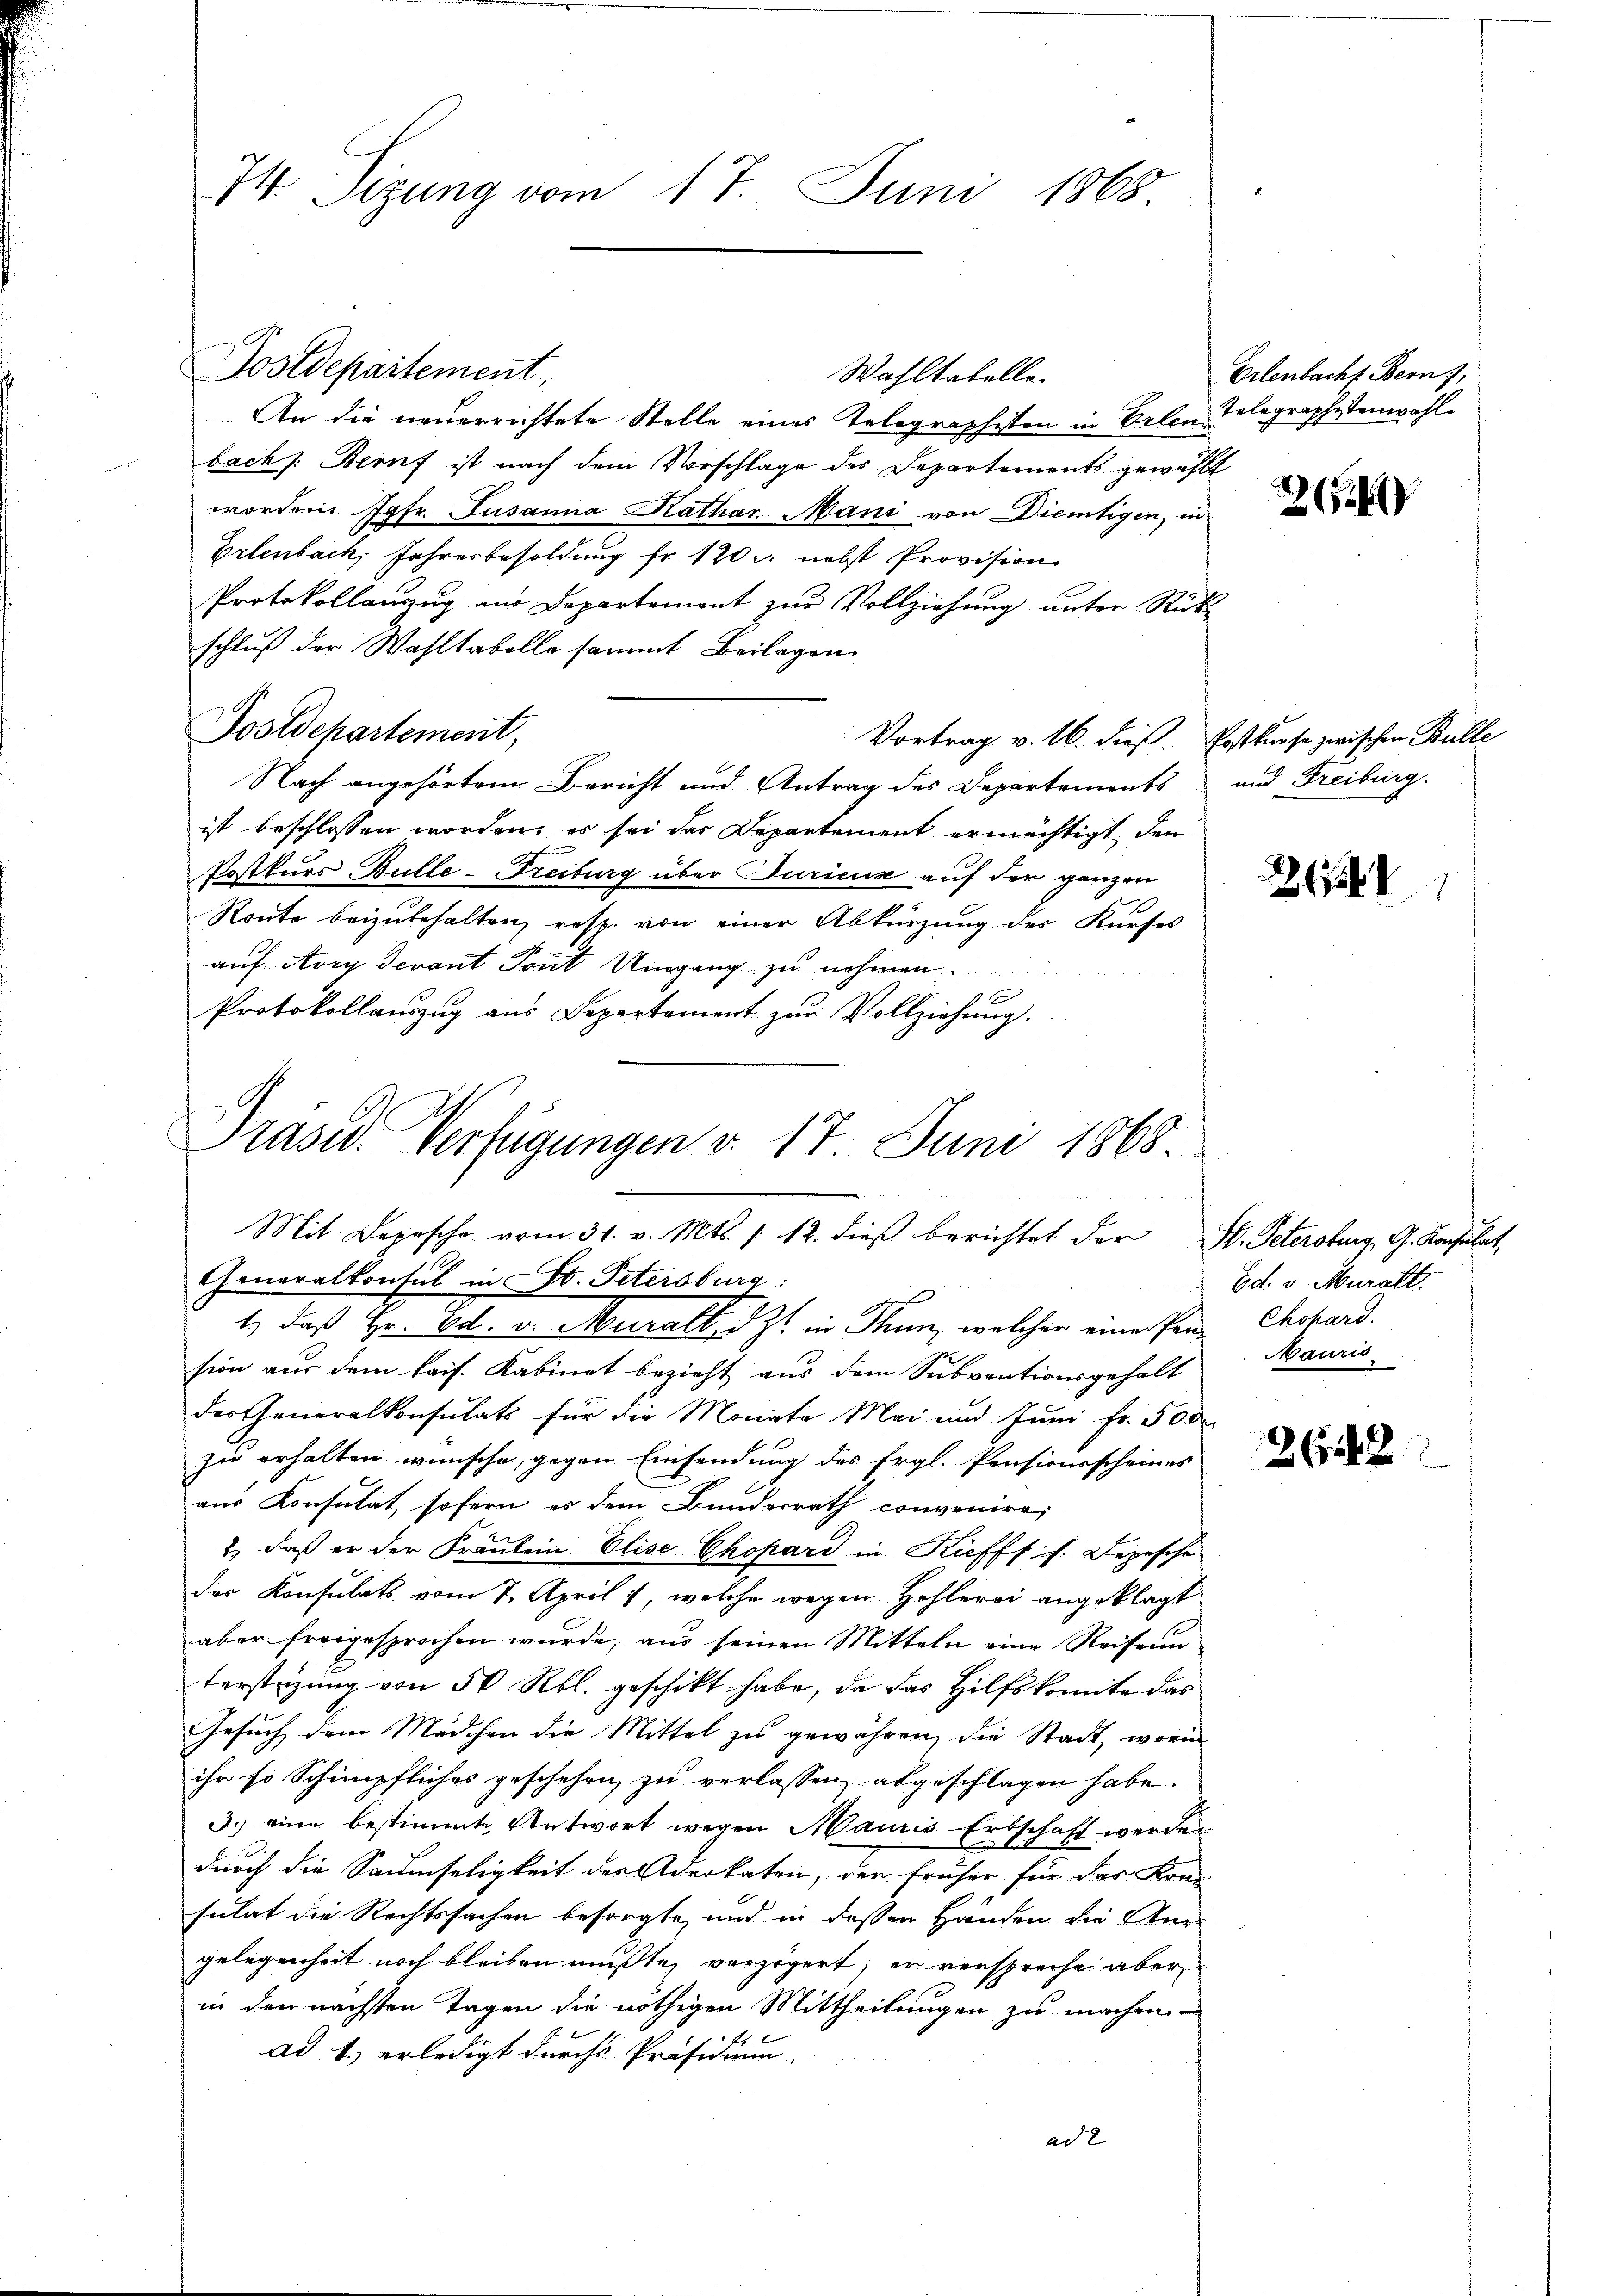
74 Sizung vom 17. Juni 1865

Wahltabelle.
An die neuerrichtete Stelle eines Telegraphisten in Erlen Telegraphistenwohl
bach /: Beruf ist nach dem Vorschlage des Departements gewählt
worden Jgfr. Susanna Kathar. Mani von Dientigen, in
Erlenbach, Jahresbesoldung fr. 120. nebst Provision
Protokollanzug aus Departement zur Vollziehung unter Rückschluß der Wahltabelle sammt Beilagen
Postdepartement,
Vortrag v. 16. dieß. Postkurse zwischen Bulle
Nach angehörtem Bericht und Antrag des Departements und Freiburg.
ist beschlossen worden, es sei das Departement ermächtigt, den
Postkurs Bulle-Freiburg über Juricus auf der ganzen
Route beizubehalten, resp. von einer Abkürzung des Kurses
auf Avry Devant Tout Umgang zu nehmen.
Protokollauszug aus Departement zur Vollziehung.
Präsid. Verfügungen v. 17 Juni 1868.

Postdepartement

Mit Depesche vom 31. v. Mts. 1. 12. dieβ berichtet der M. Petersburg, G. Konsulat
Generalkonsul in St. Petersburg:
a

1) daß Hr. Ed. v. Muralt, d. Zt. in Thun, welcher einer Pon Chohard.
sion aus dem kais. Kabinet bezieht aus dem Subventionsgehalt
der Generalkonsulats für die Monate Mai und Juni fr. 500
zu erhalten wünsche, gegen Einsendung des Ergl. Pensionsscheines
aus Konsulat, sofern es dem Bunderrath convenire
2.) Daß er der Fräulein Elise Chopard in Kieffs s. Depesche
des Konsulats vom 7. April 1, welche wegen Hehlerei angeklagt
aber freigesprochen wurde, aus seinen Mitteln eine Reiseunterstüzung von 50 Rbl. geschikt habe, da das Hilfskomite das
Gesuch dem Mädchen die Mittel zu gewähren, die Stadt, worin
ihr so Schimpfliches geschehen zu verlassen, abgeschlagen habe.
3.) eine bestimmte Antwort wegen Mauris Erbschaft werden
durch die Saumseligkeit der Aderkaten, der früher für das Kon-
sulat die Rechtssachen besorgte, und in dessen Handen die Ver-
gelegenheit noch bleiben musste, verzögert; er verspreche aber
in den nächsten Tagen die nöthigen Mittheilungen zu machen.
ad b.) erledigt durchs Präsidium.
ad 2

Erlenbacht. Bern,

2

261348

Ed. v. Muralt.
Mauris

26148.